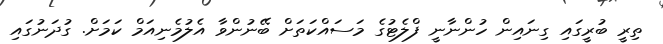
ތިރީ ބުރީގައި ގިނައިން ހުންނާނީ ފްލެޓުގެ މަސައްކަތަށް ބޭނުންވާ އެލުމެނިއަމް ކަމަށް. ގުދަނުގައި